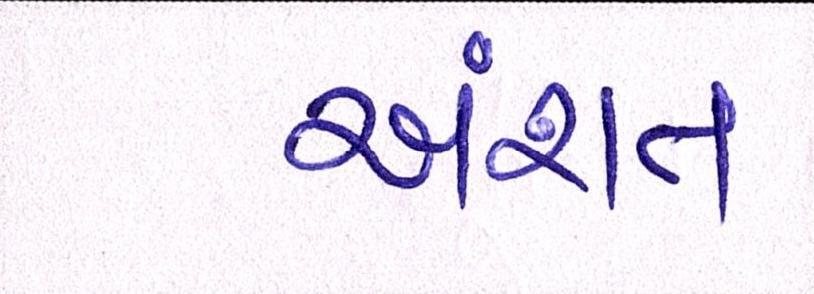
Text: અંશત